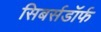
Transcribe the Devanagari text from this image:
सिबर्सडॉर्फ